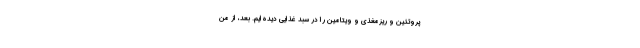
پروتئین و ریزمغذی و ویتامین را در سبد غذایی دیده‌ایم. بعد، از من